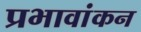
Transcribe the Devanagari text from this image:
प्रभावांकन